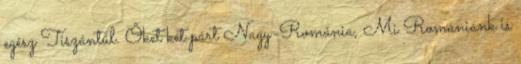
egész Tiszántúl. Őket két párt Nagy-Románia, Mi Romániánk is